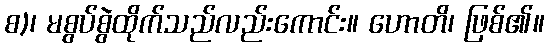
စ)၊ မစွပ်စွဲထိုက်သည်လည်းကောင်း။ ဟောတိ၊ ဖြစ်၏။